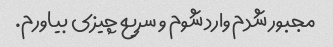
مجبور شدم وارد شوم و سریع چیزی بیاورم.